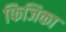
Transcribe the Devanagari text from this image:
फिजिका